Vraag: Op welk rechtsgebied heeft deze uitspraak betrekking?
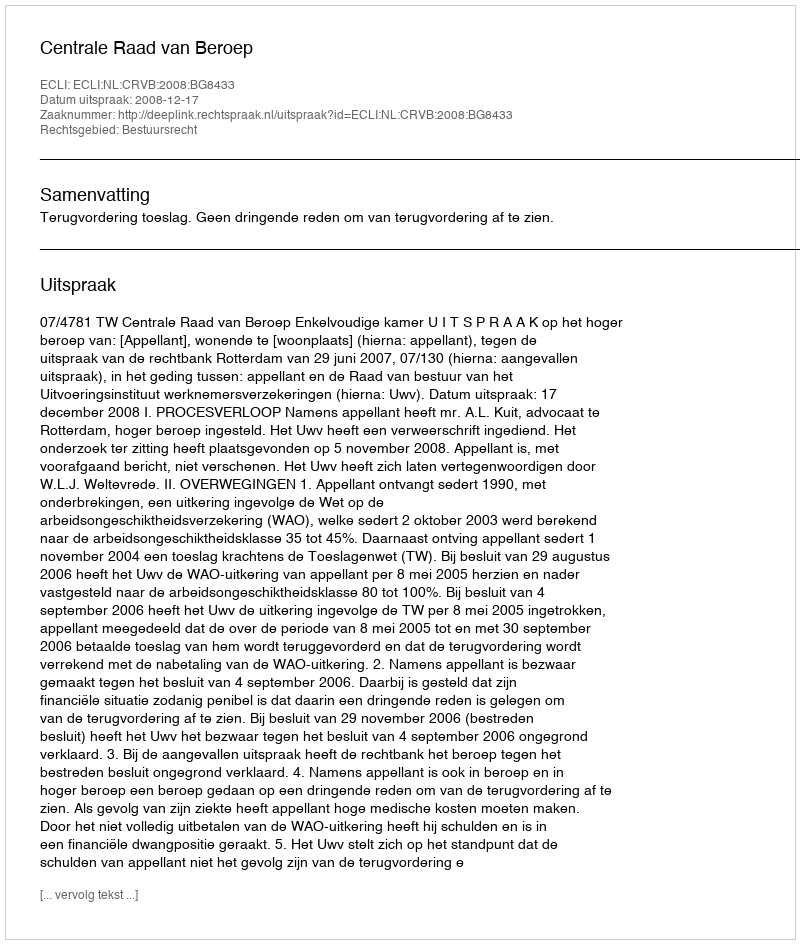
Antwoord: Bestuursrecht